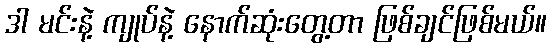
ဒါ မင်းနဲ့ ကျုပ်နဲ့ နောက်ဆုံးတွေ့တာ ဖြစ်ချင်ဖြစ်မယ်။